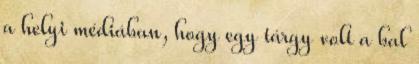
a helyi médiában, hogy egy tárgy volt a bal